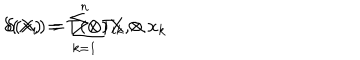
\delta ( X ) = T ( \otimes ) X , \hspace { 1 0 m m } \delta ( x _ { i } ) = \sum _ { k = 1 } ^ { n } T _ { i k } \otimes x _ { k }